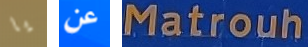
يا عن Matrouh